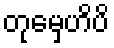
တုမှေဟိပိ